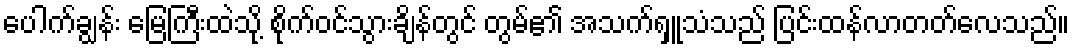
ပေါက်ချွန်း မြေကြီးထဲသို့ စိုက်ဝင်သွားချိန်တွင် တွမ်၏ အသက်ရှူသံသည် ပြင်းထန်လာတတ်လေသည်။